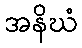
အနိဃံ